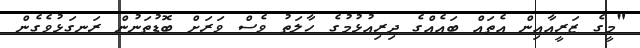
"މީގެ ޒަރީއާއިން އެތައް ބައެއްގެ ދިރިއުޅުމުގެ ހާލަތު ވެސް ވަރަށް ބޮޑުތަނުން ރަނގަޅުވެގެން